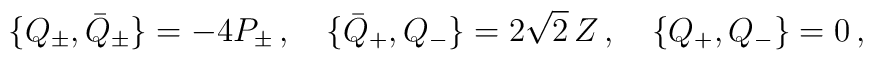
\{ Q_{\pm},\bar Q_{\pm}\} = -4 P_{\pm}\, ,\quad\{\bar Q_{+},Q_{-}\} = 2\sqrt{2}\, Z\, ,\quad \{Q_{+},Q_{-}\} =0\, ,